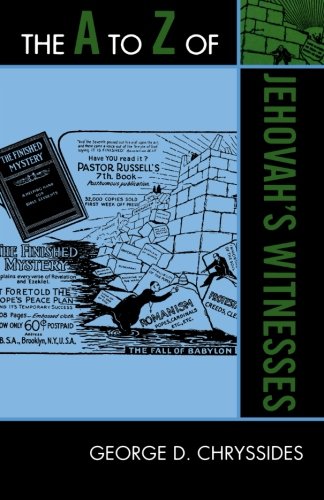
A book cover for The A to Z of Jehovah's Witnesses (The A to Z Guide Series); George D. Chryssides; Christian Books & Bibles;